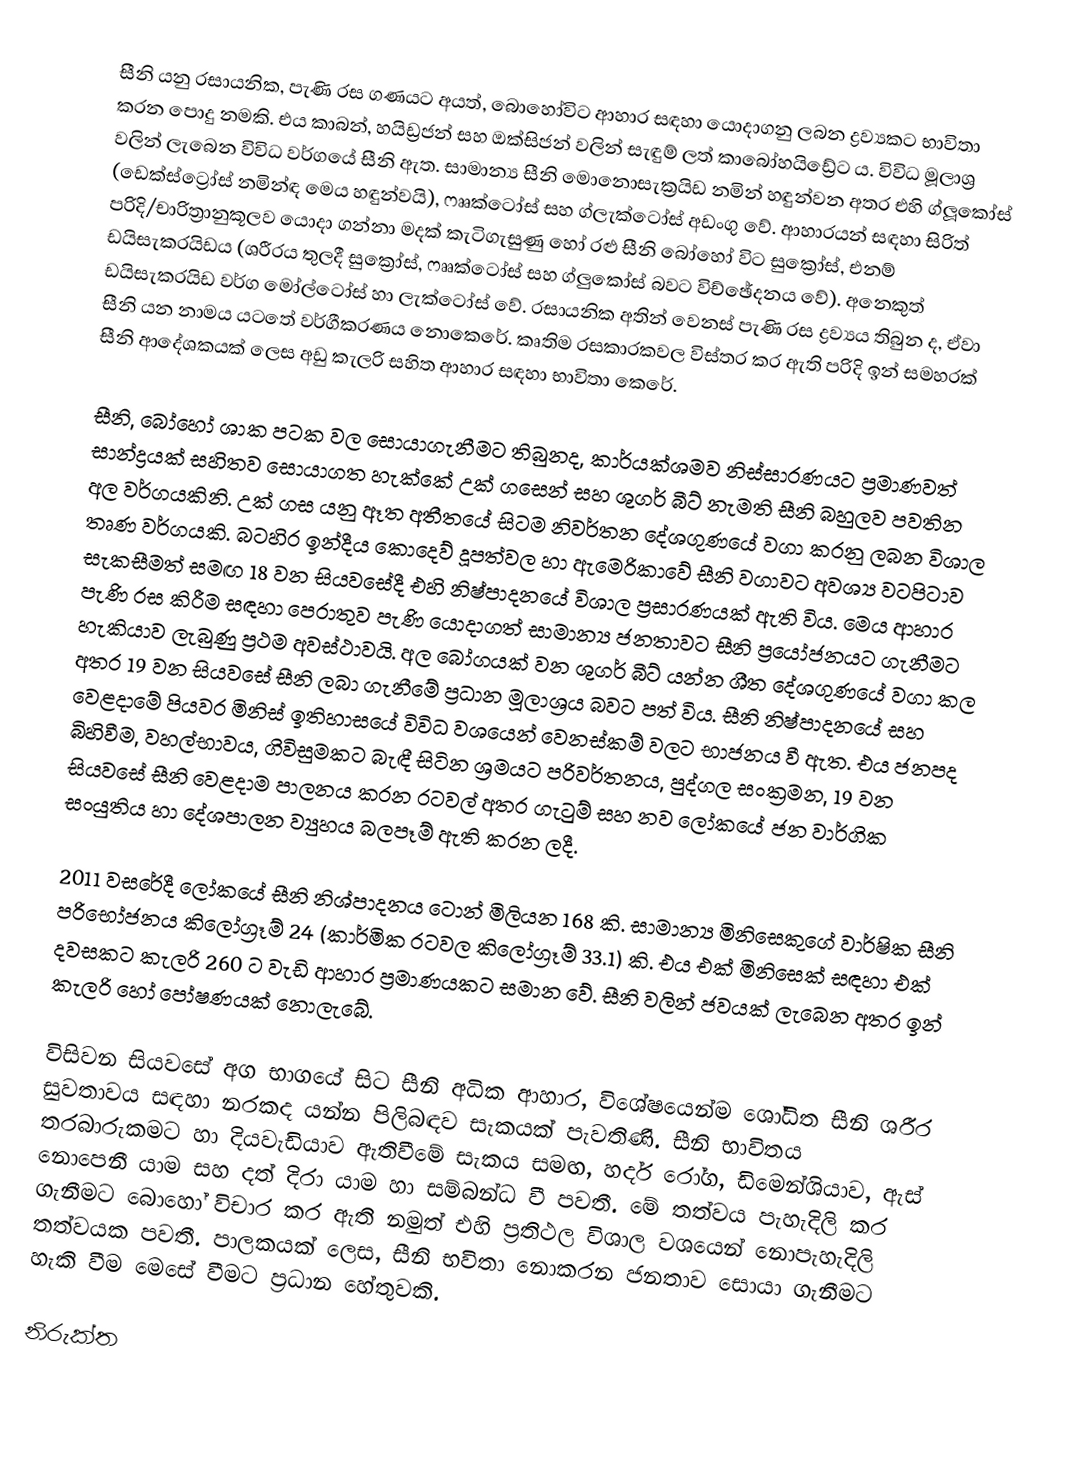
සීනි යනු රසායනික, පැණි රස ගණයට අයත්, බොහෝවිට ආහාර සඳහා යොදාගනු ලබන ද්‍රව්‍යකට  භාවිතා කරන පොදු නමකි. එය කාබන්, හයිඩ්‍රජන් සහ ඔක්සිජන් වලින් සැඳුම් ලත් කාබෝහයිඩ්‍රේට ය. විවිධ මූලාශ්‍ර වලින් ලැබෙන විවිධ වර්ගයේ සීනි ඇත. සාමාන්‍ය සීනි මොනොසැක්‍රයිඩ නමින් හඳුන්වන අතර එහි ග්ලූකෝස් (ඩෙක්ස්ට්‍රෝස් නමින්ඳ මෙය හඳුන්වයි), ෆෲක්ටෝස් සහ ග්ලැක්ටෝස් අඩංගු වේ. ආහාරයන් සඳහා සිරිත් පරිදි/චාරිත්‍රානුකූලව යොදා ගන්නා මදක් කැටිගැසුණු හෝ රළු සීනි බෝහෝ විට සුක්‍රෝස්, එනම් ඩයිසැකරයිඩය (ශරීරය තුලදී සුක්‍රෝස්, ෆෲක්ටෝස් සහ ග්ලුකෝස් බවට විච්ඡේදනය වේ). අනෙකුත් ඩයිසැකරයිඩ වර්ග මෝල්ටෝස් හා ලැක්ටෝස් වේ. රසායනික අතින් වෙනස් පැණි රස ද්‍රව්‍යය තිබුන ද, ඒවා සීනි යන නාමය යටතේ වර්ගීකරණය නොකෙරේ. කෘතිම රසකාරකවල විස්තර කර ඇති පරිදි ඉන් සමහරක් සීනි ආදේශකයක් ලෙස අඩු කැලරි සහිත  ආහාර සඳහා භාවිතා කෙරේ.

සීනි, බෝහෝ ශාක පටක වල සොයාගැනීමට තිබුනද, කාර්ය​ක්ශමව නිස්සාරණයට ප්‍රමාණවත් සාන්ද්‍රයක් සහිතව සොයාගත හැක්කේ උක් ගසෙන් සහ ශුගර් බීට් නැමති සීනි බහුලව පවතින  අල වර්ගයකිනි. උක් ගස යනු ඈත අතීතයේ සිටම නිවර්තන දේශගුණයේ වගා කරනු ලබන විශාල තෘණ වර්ගයකි. බටහිර ඉන්දීය කොදෙව් දූපත්වල හා  ඇමෙරිකාවේ සීනි වගාවට අවශ්‍ය වට​පිටාව​ සැකසීමත් සමඟ 18 වන සියවසේදී එහි  නිෂ්පාදනයේ විශාල ප්‍රසාරණයක් ඇති විය. මෙය ආහාර පැණි රස කිරීම සඳහා පෙරාතුව පැණි යොදාගත් සාමාන්‍ය ජනතාවට සීනි ප්‍රයෝජනයට ගැනීමට හැකියාව​ ලැබුණු ප්‍රථම අවස්ථාවයි. අල බෝගයක් වන ශුගර් බීට් යන්න ශීත දේශගුණයේ වගා කල අතර 19 වන සියවසේ සීනි ලබා ගැනීමේ ප්‍රධාන මූලාශ්‍රය බවට පත් විය. සීනි නිෂ්පාදනයේ සහ වෙළදාමේ පියවර මිනිස් ඉතිහාසයේ විවිධ වශයෙන් වෙනස්කම් වලට භාජනය වී ඇත. එය ජනපද බිහිවීම, වහල්භාවය, ගිවිසුමකට බැඳී සිටින ශ්‍රමයට පරිවර්තනය, පුද්ගල සංක්‍රමන, 19 වන සියවසේ සීනි වෙළදාම පාලනය කරන රටවල් අතර ගැටුම් සහ නව ලෝකයේ ජන වාර්ගික සංයුතිය හා දේශපාලන ව්‍යුහය බලපෑම් ඇති කරන ලදී.

2011 වසරේදී ලෝකයේ සීනි නිශ්පාදනය ටොන් මිලියන 168 කි. සාමාන්‍ය මිනිසෙකුගේ වාර්ෂික සීනි පරිභෝජනය කිලෝග්‍රෑම්  24 (කාර්මික රටවල කිලෝග්‍රෑම් 33.1) කි. එය එක් මිනිසෙක් සඳහා එක් දවසකට කැලරි 260 ට වැඩි ආහාර ප්‍රමාණයකට සමාන වේ. සීනි වලින් ජවයක් ලැබෙන අතර ඉන් කැලරි හෝ පෝෂණයක් නොලැබේ.

විසිවන සියවසේ අග භාගයේ සිට සීනි අධික ආහාර, විශේෂයෙන්ම ශෝධිත සීනි ශරීර සුවතාවය සඳහා නරකද යන්න පිලිබඳව සැකයක් පැවතිණි. සීනි භාවිතය තරබාරුකමට හා දියවැඩියාව ඇතිවීමේ සැකය සමඟ, හර්ද රෝග, ඩිමෙන්ශියාව, ඇස් නොපෙනී යාම සහ දත් දිරා යාම හා සම්බන්ධ වී පවතී. මේ තත්වය පැහැදිලි කර ගැනීමට බොහෝ විචාර කර ඇති නමුත් එහි ප්‍රතිථල විශාල වශයෙන් නොපැහැදිලි තත්වයක පවතී. පාලකයක් ලෙස, සීනි භවිතා නොකරන ජනතාව සොයා ගැනීමට හැකි වීම මෙසේ වීමට ප්‍රධාන හේතුවකි.

නිරුක්ත